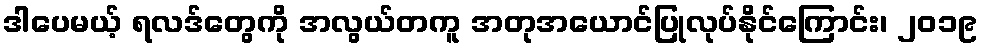
ဒါပေမယ့် ရလဒ်တွေကို အလွယ်တကူ အတုအယောင်ပြုလုပ်နိုင်ကြောင်း၊ ၂၀၁၉